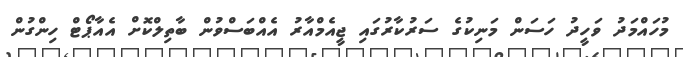
މުހައްމަދު ވަހީދު ހަސަން މަނިކުގެ ސަރުކާރުގައި ޖީއެމްއާރު އެއްބަސްވުން ބާތިލްކޮށް އެއާޕޯޓް ހިންގުން